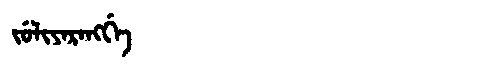
Manchu: ᠵᡠᠯᡳᠶᠠᡵᠠᠩᡤᡝ
Romanization: JULIYARANGGE